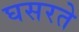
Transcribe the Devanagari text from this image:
घसरते